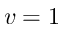
v = 1